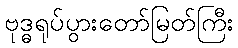
ဗုဒ္ဓရုပ်ပွားတော်မြတ်ကြီး